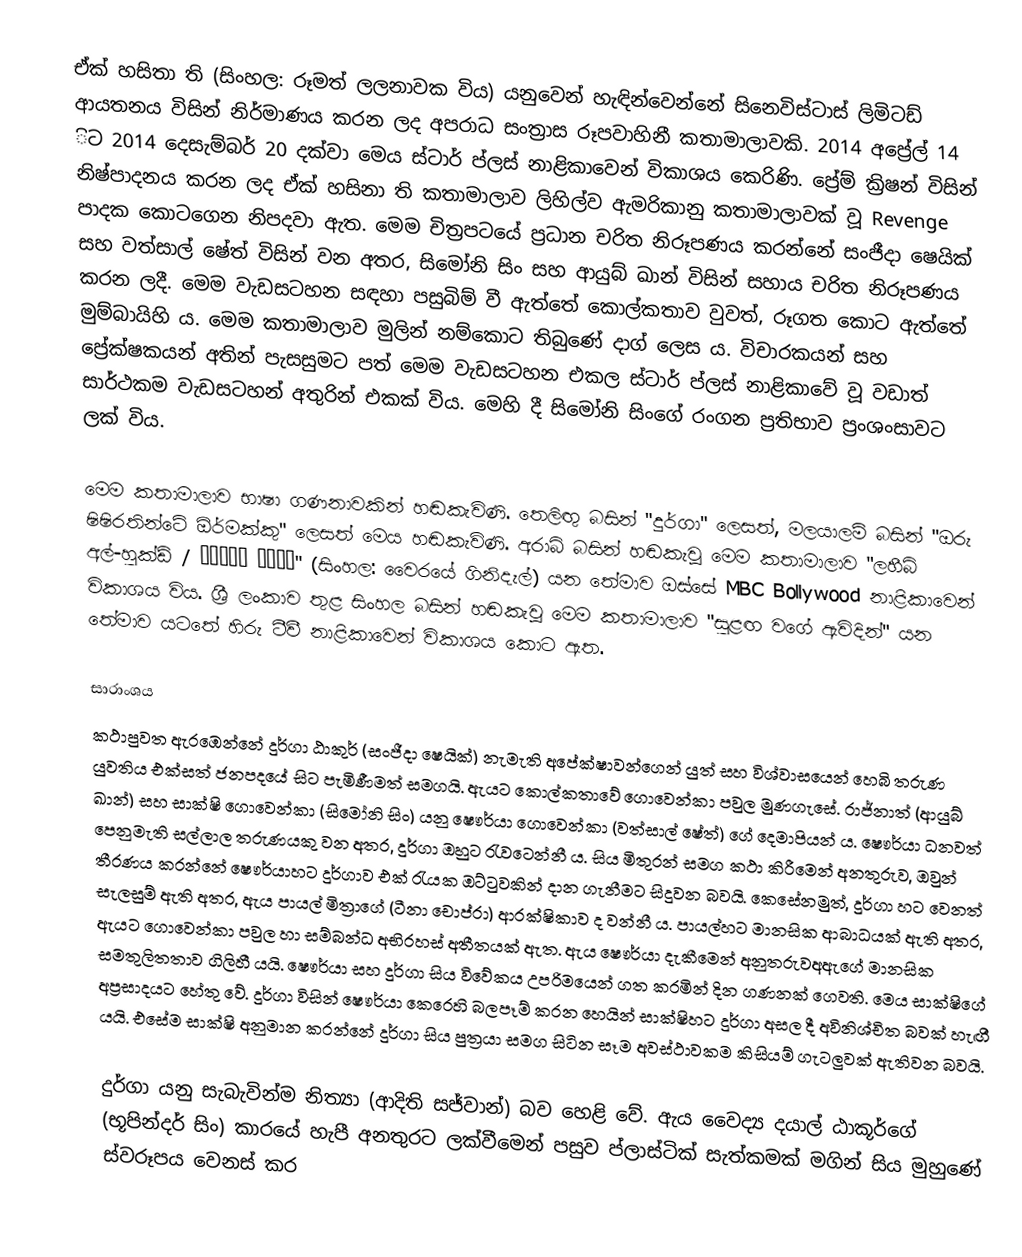
ඒක් හසිතා ති (සිංහල: රූමත් ලලනාවක විය) යනුවෙන් හැඳින්වෙන්නේ සිනෙවිස්ටාස් ලිමිටඩ් ආයතනය විසින් නිර්මාණය කරන ලද අපරාධ සංත්‍රාස රූපවාහිනී කතාමාලාවකි. 2014 අප්‍රේල් 14 ිට 2014 දෙසැම්බර් 20 දක්වා මෙය ස්ටාර් ප්ලස් නාළිකාවෙන් විකාශය කෙරිණි. ප්‍රේම් ක්‍රිෂන් විසින් නිෂ්පාදනය කරන ලද ඒක් හසිනා ති කතාමාලාව ලිහිල්ව ඇමරිකානු කතාමාලාවක් වූ Revenge පාදක කොටගෙන නිපදවා ඇත. මෙම චිත්‍රපටයේ ප්‍රධාන චරිත නිරූපණය කරන්නේ සංජීදා ෂෙයික් සහ වත්සාල් ෂේත් විසින් වන අතර, සිමෝනි සිං සහ ආයුබ් ඛාන් විසින් සහාය චරිත නිරූපණය කරන ලදී. මෙම වැඩසටහන සඳහා පසුබිම් වී ඇත්තේ කොල්කතාව වුවත්, රූගත කොට ඇත්තේ මුම්බායිහි ය. මෙම කතාමාලාව මුලින් නම්කොට තිබුණේ දාග් ලෙස ය. විචාරකයන් සහ ප්‍රේක්ෂකයන් අතින් පැසසුමට පත් මෙම වැඩසටහන එකල ස්ටාර් ප්ලස් නාළිකාවේ වූ වඩාත් සාර්ථකම වැඩසටහන් අතුරින් එකක් විය. මෙහි දී සිමෝනි සිංගේ රංගන ප්‍රතිභාව ප්‍රංශංසාවට ලක් විය.

මෙම කතාමාලාව භාෂා ගණනාවකින් හඬකැවිණි. තෙලිඟු බසින් "දුර්ගා" ලෙසත්, මලයාලම් බසින් "ඔරු ෂිෂිරතින්ටේ ඕර්මක්කු" ලෙසත් මෙය හඬකැවිණි. අරාබි බසින් හඬකැවූ මෙම කතාමාලාව "ලහීබ් අල්-හුක්ඩ් / لهيب الحقد"  (සිංහල: වෛරයේ ගිනිදැල්) යන තේමාව ඔස්සේ MBC Bollywood නාළිකාවෙන් විකාශය විය. ශ්‍රී ලංකාව තුළ සිංහල බසින් හඬකැවූ මෙම කතාමාලාව "සුළඟ වගේ ඇවිදින්" යන තේමාව යටතේ හිරු ටීවී නාළිකාවෙන් විකාශය කොට ඇත.

සාරාංශය
කථාපුවත ඇරඹෙන්නේ දුර්ගා ඨාකුර් (සංජීදා ෂෙයික්) නැමැති අපේක්ෂාවන්ගෙන් යුත් සහ විශ්වාසයෙන් හෙබි තරුණ යුවතිය එක්සත් ජනපදයේ සිට පැමිණීමත් සමගයි. ඇයට කොල්කතාවේ ගොවෙන්කා පවුල මුණගැසේ. රාජ්නාත් (ආයුබ් ඛාන්) සහ සාක්ෂි ගොවෙන්කා (සිමෝනි සිං) යනු ෂෞර්යා ගොවෙන්කා (වත්සාල් ෂේත්) ගේ දෙමාපියන් ය. ෂෞර්යා ධනවත් පෙනුමැති සල්ලාල තරුණයකු වන අතර, දුර්ගා ඔහුට රැවටෙන්නී ය. සිය මිතුරන් සමග කථා කිරීමෙන් අනතුරුව, ඔවුන් තීරණය කරන්නේ ෂෞර්යාහට දුර්ගාව එක් රැයක ඔට්ටුවකින් දාන ගැනීමට සිදුවන බවයි. කෙසේනමුත්, දුර්ගා හට වෙනත් සැලසුම් ඇති අතර, ඇය පායල් මිත්‍රාගේ (ටීනා චොප්රා) ආරක්ෂිකාව ද වන්නී ය. පායල්හට මානසික ආබාධයක් ඇති අතර, ඇයට ගොවෙන්කා පවුල හා සම්බන්ධ අභිරහස් අතීතයක් ඇත. ඇය ෂෞර්යා දැකීමෙන් අනුතරුවඅඇගේ මානසික සමතුලිතතාව ගිලිහී යයි. ෂෞර්යා සහ දුර්ගා සිය විවේකය උපරිමයෙන් ගත කරමින් දින ගණනක් ගෙවති. මෙය සාක්ෂිගේ අප්‍රසාදයට හේතු වේ. දුර්ගා විසින් ෂෞර්යා කෙරෙහි බලපෑම් ‍කරන හෙයින් සාක්ෂිහට දුර්ගා අසල දී අවිනිශ්චිත බවක් හැඟී යයි. එසේම සාක්ෂි අනුමාන කරන්නේ දුර්ගා සිය පුත්‍රයා සමග සිටින සෑම අවස්ථාවකම කිසියම් ගැටලුවක් ඇතිවන බවයි.

දුර්ගා යනු සැබැවින්ම නිත්‍යා (ආදිති සජ්වාන්) බව හෙළි වේ. ඇය වෛද්‍ය දයාල් ඨාකූර්ගේ (භූපින්දර් සිං) කාරයේ හැපී අනතුරට ලක්වීමෙන් පසුව ප්ලාස්ටික් සැත්කමක් මගින් සිය මුහුණේ ස්වරූපය වෙනස් කර